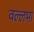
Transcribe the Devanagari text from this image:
वल्लभा